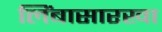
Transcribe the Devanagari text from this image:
लिंबासारखा